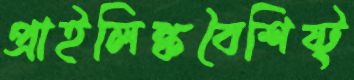
প্রাইলিঙ্কবৈশিষ্ট্